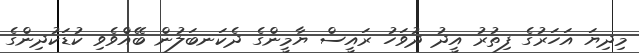
މިދިޔަ އަހަރުގެ ފިތުރު އީދު ދުވަހު ރައީސް ޔާމީންގެ ދެކަނބަލުން ބޭއްވެވި ކުޑަކުދިންގެ